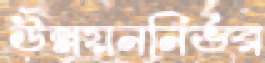
উন্নয়ননির্ভর